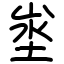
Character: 埊